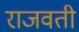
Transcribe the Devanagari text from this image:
राजवती